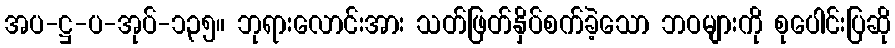
အပ-ဋ္ဌ-ပ-အုပ်-၁၃၅။ ဘုရားလောင်းအား သတ်ဖြတ်နှိပ်စက်ခဲ့သော ဘဝများကို စုပေါင်းပြဆို